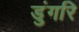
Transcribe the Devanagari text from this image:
डुंगरि